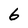
Character: 6